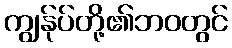
ကျွန်ုပ်တို့၏ဘဝတွင်